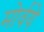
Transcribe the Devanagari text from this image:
मोर्वये